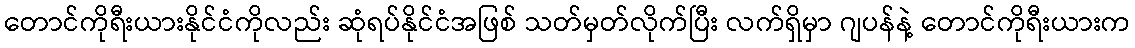
တောင်ကိုရီးယားနိုင်ငံကိုလည်း ဆုံရပ်နိုင်ငံအဖြစ် သတ်မှတ်လိုက်ပြီး လက်ရှိမှာ ဂျပန်နဲ့ တောင်ကိုရီးယားက